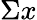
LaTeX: \Sigma{}x